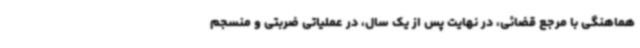
هماهنگی با مرجع قضائی، در نهایت پس از یک سال، در عملیاتی ضربتی و منسجم